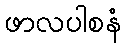
ဖာလပါစနံ